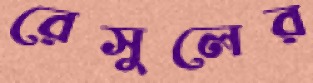
রেসুলের